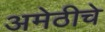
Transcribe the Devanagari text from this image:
अमेठीचे